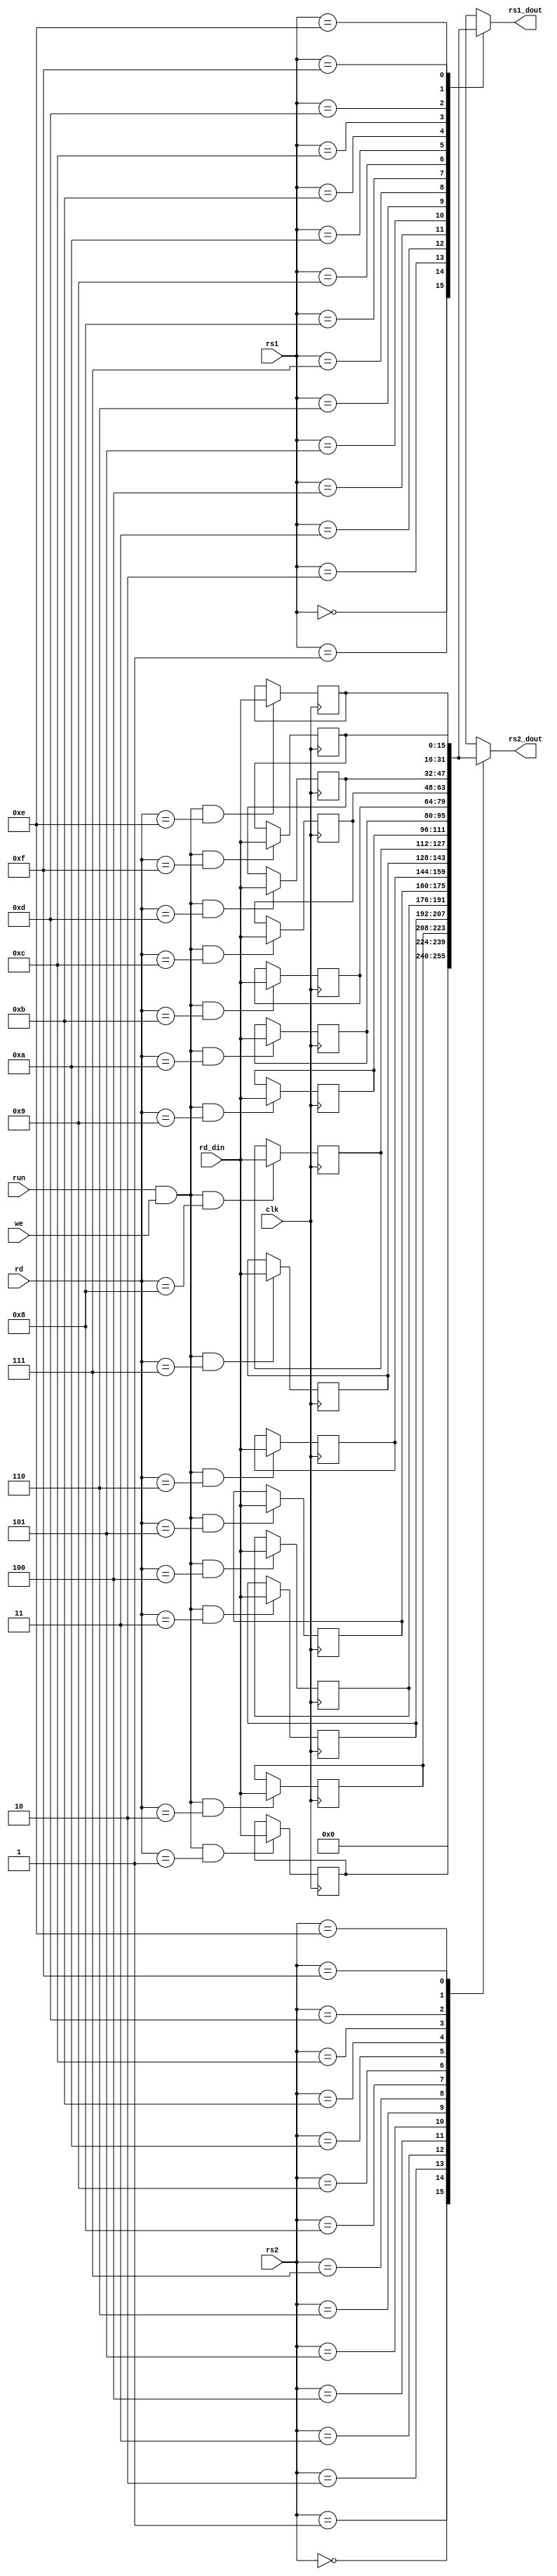
module registers(
	input clk,
	input run,
	input we,
	input [RBITS-1:0] rd,
	input [RBITS-1:0] rs1,
	input [RBITS-1:0] rs2,
	input [BITS-1:0] rd_din,
	output reg [BITS-1:0] rs1_dout,
	output reg [BITS-1:0] rs2_dout

//	input [RBITS-1:0] debug_reg_sel,
//	output reg [BITS-1:0] debug_reg_dout
);

	parameter BITS = 16;
	parameter RBITS = 4;
	parameter NREG = 16;

	reg [BITS-1:0] r1;
	reg [BITS-1:0] r2;
	reg [BITS-1:0] r3;
	reg [BITS-1:0] r4;
	reg [BITS-1:0] r5;
	reg [BITS-1:0] r6;
	reg [BITS-1:0] r7;
	reg [BITS-1:0] r8;
	reg [BITS-1:0] r9;
	reg [BITS-1:0] r10;
	reg [BITS-1:0] r11;
	reg [BITS-1:0] r12;
	reg [BITS-1:0] r13;
	reg [BITS-1:0] r14;
	reg [BITS-1:0] r15;

	always @ (posedge clk)
	begin
		if (run & we & (rd==4'b0001)) 
    	  r1 <= rd_din;
		else 
			r1 <= r1;

		if (run & we & (rd==4'b0010)) 
    	  r2 <= rd_din;
		else 
			r2 <= r2;

		if (run & we & (rd==4'b0011)) 
    	  r3 <= rd_din;
		else 
			r3 <= r3;

		if (run & we & (rd==4'b0100)) 
    	  r4 <= rd_din;
		else 
			r4 <= r4;

		if (run & we & (rd==4'b0101)) 
    	  r5 <= rd_din;
		else 
			r5 <= r5;

		if (run & we & (rd==4'b0110)) 
    	  r6 <= rd_din;
		else 
			r6 <= r6;

		if (run & we & (rd==4'b0111)) 
    	  r7 <= rd_din;
		else 
			r7 <= r7;

		if (run & we & (rd==4'b1000)) 
    	  r8 <= rd_din;
		else 
			r8 <= r8;

		if (run & we & (rd==4'b1001)) 
    	  r9 <= rd_din;
		else 
			r9 <= r9;

		if (run & we & (rd==4'b1010)) 
    	  r10 <= rd_din;
		else 
			r10 <= r10;

		if (run & we & (rd==4'b1011)) 
    	  r11 <= rd_din;
		else 
			r11 <= r11;

		if (run & we & (rd==4'b1100)) 
    	  r12 <= rd_din;
		else 
			r12 <= r12;

		if (run & we & (rd==4'b1101)) 
    	  r13 <= rd_din;
		else 
			r13 <= r13;

		if (run & we & (rd==4'b1110)) 
    	  r14 <= rd_din;
		else 
			r14 <= r14;

		if (run & we & (rd==4'b1111)) 
    	  r15 <= rd_din;
		else 
			r15 <= r15;
	end


	/// read register

	always @ (*)
	begin

		case (rs1)
			4'b0000: rs1_dout = 'd0;
			4'b0001: rs1_dout = r1;
			4'b0010: rs1_dout = r2;
			4'b0011: rs1_dout = r3;
			4'b0100: rs1_dout = r4;
			4'b0101: rs1_dout = r5;
			4'b0110: rs1_dout = r6;
			4'b0111: rs1_dout = r7;
			4'b1000: rs1_dout = r8;
			4'b1001: rs1_dout = r9;
			4'b1010: rs1_dout = r10;
			4'b1011: rs1_dout = r11;
			4'b1100: rs1_dout = r12;
			4'b1101: rs1_dout = r13;
			4'b1110: rs1_dout = r14;
			4'b1111: rs1_dout = r15;
		endcase

		case (rs2)
			4'b0000: rs2_dout = 'd0;
			4'b0001: rs2_dout = r1;
			4'b0010: rs2_dout = r2;
			4'b0011: rs2_dout = r3;
			4'b0100: rs2_dout = r4;
			4'b0101: rs2_dout = r5;
			4'b0110: rs2_dout = r6;
			4'b0111: rs2_dout = r7;
			4'b1000: rs2_dout = r8;
			4'b1001: rs2_dout = r9;
			4'b1010: rs2_dout = r10;
			4'b1011: rs2_dout = r11;
			4'b1100: rs2_dout = r12;
			4'b1101: rs2_dout = r13;
			4'b1110: rs2_dout = r14;
			4'b1111: rs2_dout = r15;
		endcase

	end

/*
	always @ (*)
	begin
		case(debug_reg_sel)
			4'b0000: debug_reg_dout = 'd0;
			4'b0001: debug_reg_dout = r1;
			4'b0010: debug_reg_dout = r2;
			4'b0011: debug_reg_dout = r3;
			4'b0100: debug_reg_dout = r4;
			4'b0101: debug_reg_dout = r5;
			4'b0110: debug_reg_dout = r6;
			4'b0111: debug_reg_dout = r7;
			4'b1000: debug_reg_dout = r8;
			4'b1001: debug_reg_dout = r9;
			4'b1010: debug_reg_dout = r10;
			4'b1011: debug_reg_dout = r11;
			4'b1100: debug_reg_dout = r12;
			4'b1101: debug_reg_dout = r13;
			4'b1110: debug_reg_dout = r14;
			4'b1111: debug_reg_dout = r15;
		endcase
	end
*/

endmodule